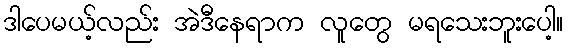
ဒါပေမယ့်လည်း အဲဒီနေရာက လူတွေ မရသေးဘူးပေါ့။